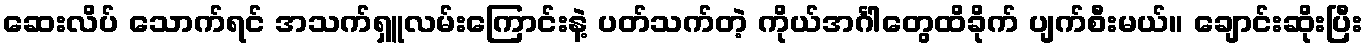
ဆေးလိပ် သောက်ရင် အသက်ရှူလမ်းကြောင်းနဲ့ ပတ်သက်တဲ့ ကိုယ်အင်္ဂါတွေထိခိုက် ပျက်စီးမယ်။ ချောင်းဆိုးပြီး